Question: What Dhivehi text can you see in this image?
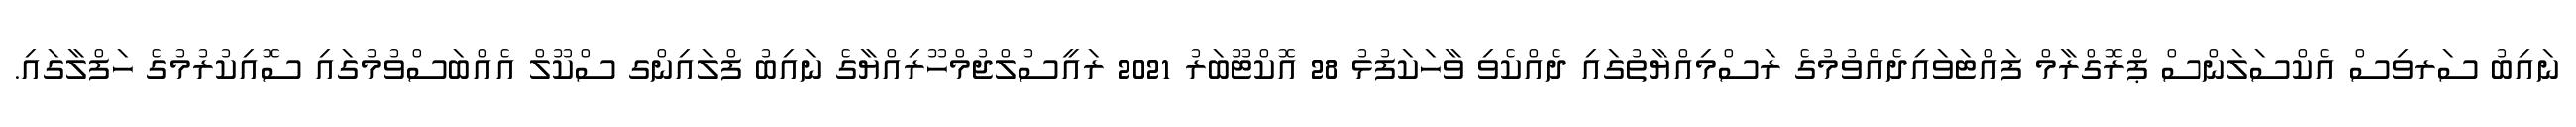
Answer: ނައިބު ސަރވިސް އެކްސަލަންސް ޕްރޮގްރާމް ފައްޓަވައިދެއްވުމުގެ ރަސްމިއްޔާތުގައި ދެއްކެވި ވާހަކަފުޅު 28 އޮކްޓޫބަރު 2021 ރައީސުލްޖުމްހޫރިއްޔާގެ ނައިބު ފްލައިންގ ސްކޫލް އެއްބަސްވުމުގައި ސޮއިކުރުމުގެ ހަފްލާގައި.